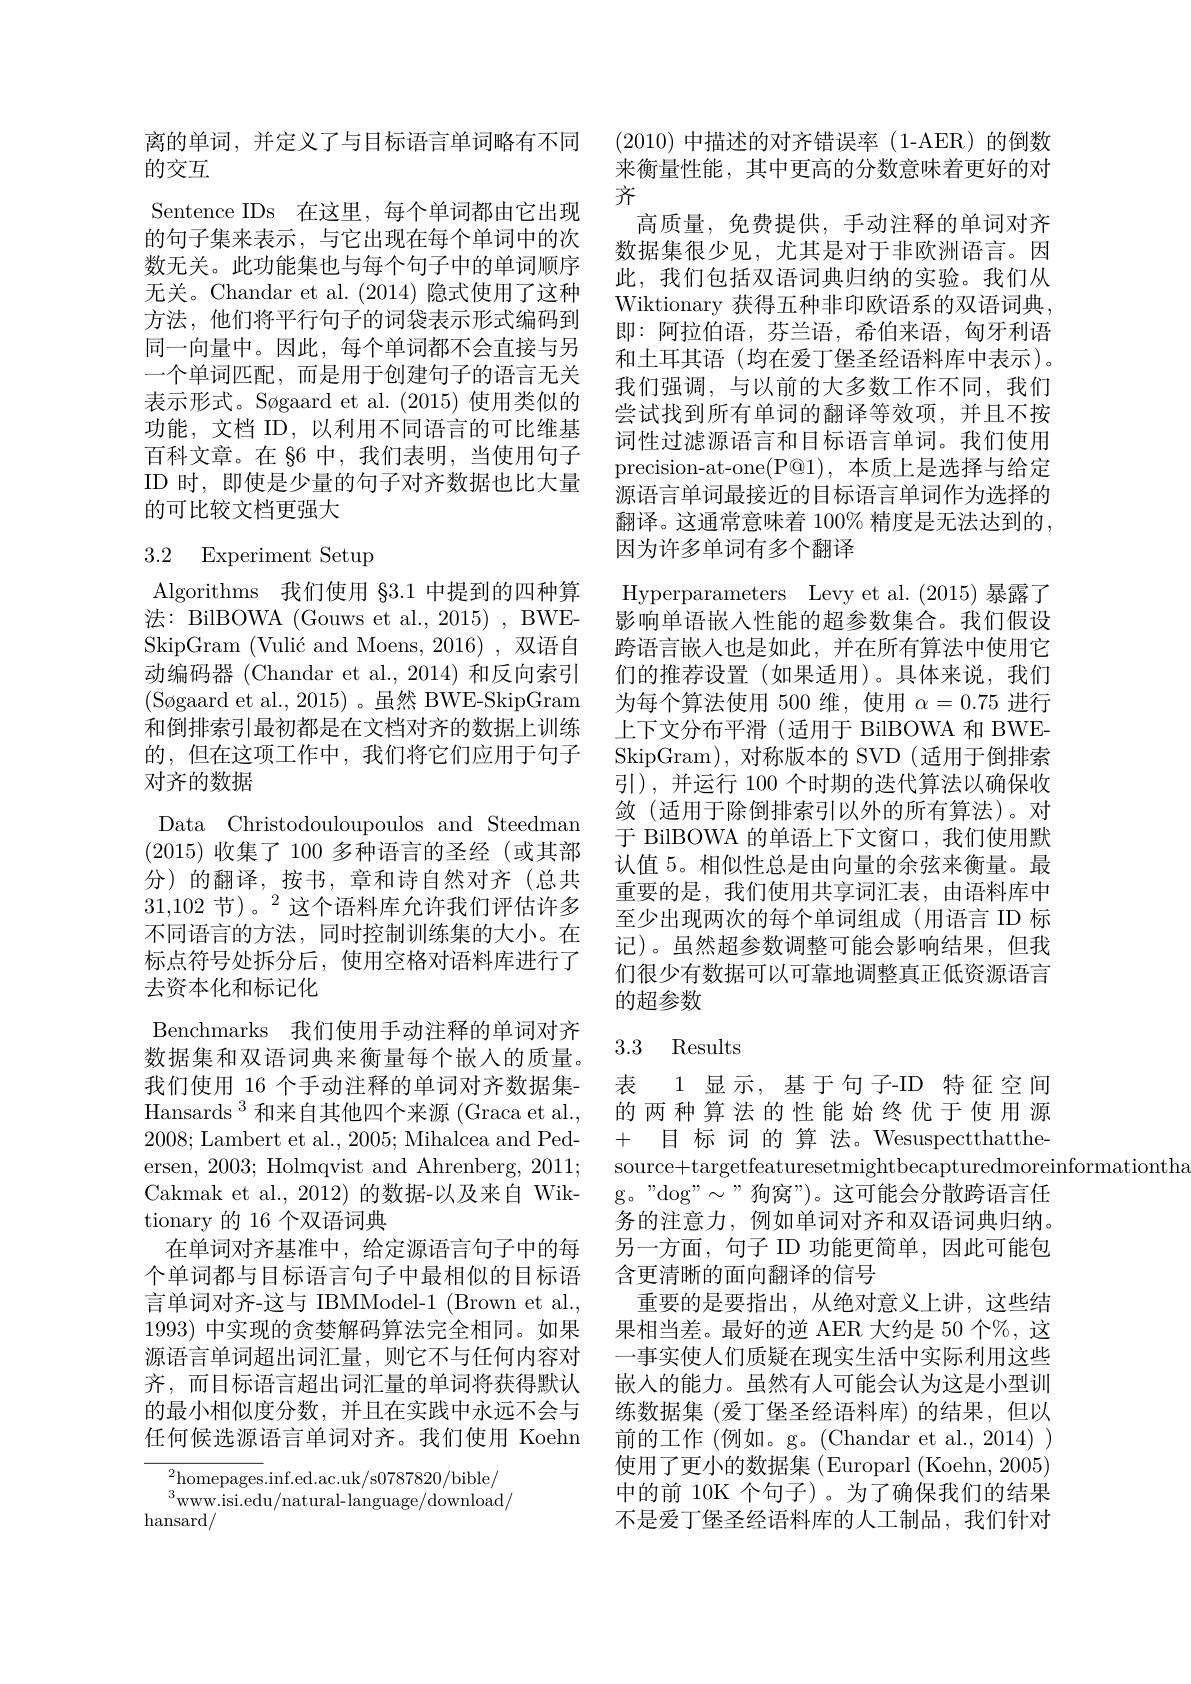
离的单词，并定义了与目标语言单词略有不同
的交互
Sentence IDs 在这里，每个单词都由它出现的句子集来表示，与它出现在每个单词中的次数无关。此功能集也与每个句子中的单词顺序无关。Chandar et al.(2014)隐式使用了这种方法，他们将平行句子的词袋表示形式编码到同一向量中。因此，每个单词都不会直接与另一个单词匹配，而是用于创建句子的语言无关表示形式。Søgaard et al. (2015) 使用类似的功能，文档 ID, 以利用不同语言的可比维基百科文章。在 §6 中，我们表明，当使用句子ID 时，即使是少量的句子对齐数据也比大量的可比较文档更强大

## 3.2 Experiment Setup

Algorithms 我们使用 §3.1 中提到的四种算法：BilBOWA (Gouws et al., 2015), BWESkipGram (Vulić and Moens, 2016) , 双语自动编码器 (Chandar et al., 2014) 和反向索引(Søgaard et al., 2015)。虽然 BWE-SkipGram 和倒排索引最初都是在文档对齐的数据上训练的，但在这项工作中，我们将它们应用于句子对齐的数据
Data Christodouloupoulos and Steedman (2015)收集了 100 多种语言的圣经(或其部分)的翻译，按书，章和诗自然对齐(总共$31,102\text{ 节)。}^{2}$这个语料库允许我们评估许多不同语言的方法，同时控制训练集的大小。在标点符号处拆分后，使用空格对语料库进行了去资本化和标记化
Benchmarks 我们使用手动注释的单词对齐数据集和双语词典来衡量每个嵌入的质量。我们使用 16 个手动注释的单词对齐数据集Hansards$^{3}$和来自其他四个来源(Graca et al., 2008; Lambert et al., 2005; Mihalcea and Pedersen, 2003; Holmqvist and Ahrenberg, 2011; Cakmak et al., 2012) 的数据-以及来自 Wiktionary 的 16 个双语词典
在单词对齐基准中，给定源语言句子中的每个单词都与目标语言句子中最相似的目标语言单词对齐-这与 IBMModel-1 (Brown et al., 1993)中实现的贪婪解码算法完全相同。如果源语言单词超出词汇量，则它不与任何内容对齐，而目标语言超出词汇量的单词将获得默认的最小相似度分数，并且在实践中永远不会与任何候选源语言单词对齐。我们使用 Koehn

${}_{n}^{2}$homepages.inf.ed.ac.uk/s0787820/bible/ $^{3}$www.isi.edu/natural-language/download/
hansard/

(2010)中描述的对齐错误率(1-AER)的倒数来衡量性能，其中更高的分数意味着更好的对齐
高质量，免费提供，手动注释的单词对齐数据集很少见，尤其是对于非欧洲语言。因此，我们包括双语词典归纳的实验。我们从Wiktionary 获得五种非印欧语系的双语词典， 即：阿拉伯语，芬兰语，希伯来语，匈牙利语和土耳其语 (均在爱丁堡圣经语料库中表示)。我们强调，与以前的大多数工作不同，我们尝试找到所有单词的翻译等效项，并且不按词性过滤源语言和目标语言单词。我们使用precision-at-one(P@1),本质上是选择与给定源语言单词最接近的目标语言单词作为选择的翻译。这通常意味着 100% 精度是无法达到的， 因为许多单词有多个翻译
Hyperparameters Levy et al. (2015) 暴露了影响单语嵌入性能的超参数集合。我们假设跨语言嵌入也是如此，并在所有算法中使用它们的推荐设置(如果适用)。具体来说，我们为每个算法使用 500 维，使用$\alpha=0.75$进行上下文分布平滑(适用于 BilBOWA 和 BWESkipGram), 对称版本的 SVD (适用于倒排索引),并运行 100 个时期的迭代算法以确保收敛(适用于除倒排索引以外的所有算法)。对于 BilBOWA 的单语上下文窗口，我们使用默认值 5。相似性总是由向量的余弦来衡量。最重要的是，我们使用共享词汇表，由语料库中至少出现两次的每个单词组成(用语言 ID 标记)。虽然超参数调整可能会影响结果，但我们很少有数据可以可靠地调整真正低资源语言的超参数
3.3 Results

表 1显示，基于句子-ID 特征空间的两种算法的性能始终优于使用源+目 标 词 的 算 法。Wesuspectthatthesource+targetfeaturesetmightbecapturedmoreinformationtha
g。"dog" " 狗窝”)。这可能会分散跨语言任务的注意力，例如单词对齐和双语词典归纳。另一方面，句子 ID 功能更简单，因此可能包含更清晰的面向翻译的信号
重要的是要指出，从绝对意义上讲，这些结果相当差。最好的逆 AER 大约是 50 个%, 这一事实使人们质疑在现实生活中实际利用这些嵌入的能力。虽然有人可能会认为这是小型训练数据集 (爱丁堡圣经语料库)的结果，但以前的工作 (例如。g。(Chandar et al., 2014) ) 使用了更小的数据集 (Europarl (Koehn, 2005) 中的前 10K 个句子)。为了确保我们的结果不是爱丁堡圣经语料库的人工制品，我们针对